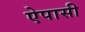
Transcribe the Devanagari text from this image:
ऐपासी